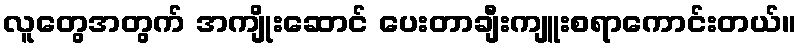
လူတွေအတွက် အကျိုးဆောင် ပေးတာချီးကျူးစရာကောင်းတယ်။